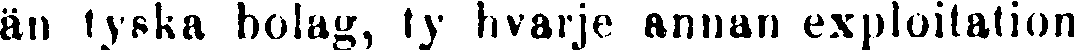
än tyska bolag, ty hvarje annan exploitation